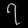
Digit: ၇